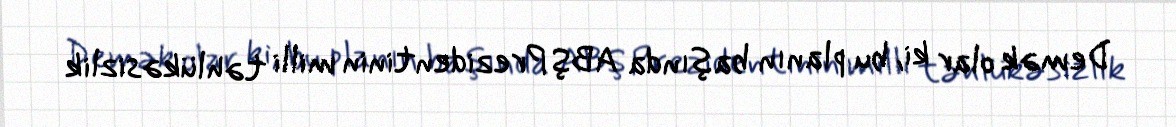
Demək olar ki, bu planın başında ABŞ Prezidentinin milli təhlükəsizlik